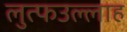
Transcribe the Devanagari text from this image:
लुत्फउल्लाह